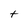
Character: t